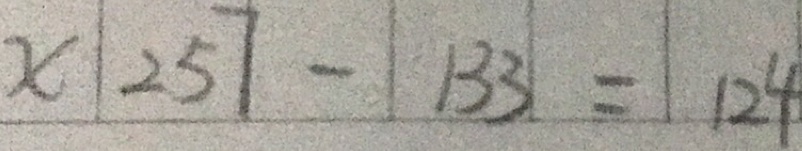
x 2 5 7 - 1 3 3 = 1 2 4